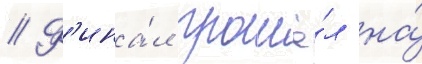
// Ф'ина́л прошё́л на́